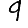
Digit: 9